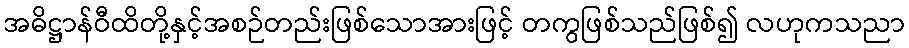
အဓိဋ္ဌာန်ဝီထိတို့နှင့်အစဉ်တည်းဖြစ်သောအားဖြင့် တကွဖြစ်သည်ဖြစ်၍ လဟုကသညာ